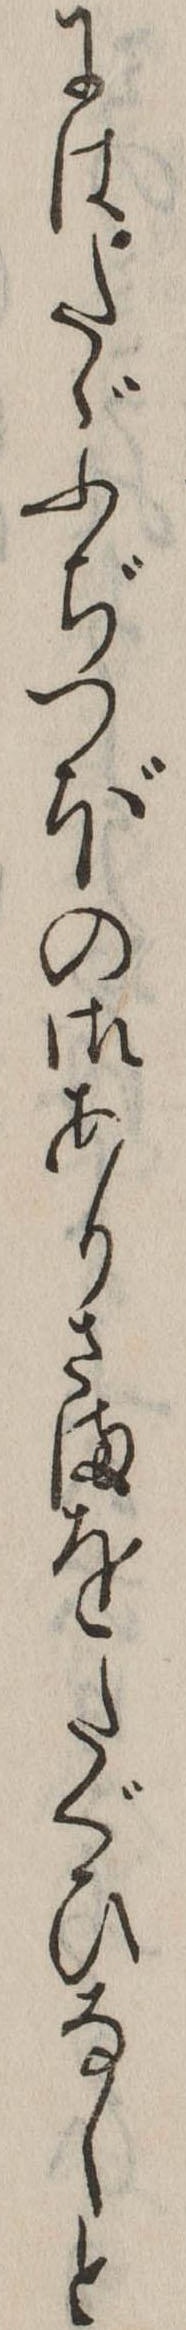
にはたゞふぢつぼの御ありさまをたぐひなしと